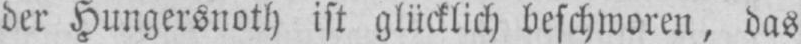
der Hungersnoth ist glücklich beschworen, das